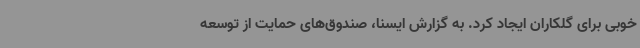
خوبی برای گلکاران ایجاد کرد. به گزارش ایسنا، صندوق‌های حمایت از توسعه